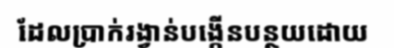
ដែលប្រាក់រង្វាន់បង្កើនបន្ថយដោយ